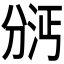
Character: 𫦇